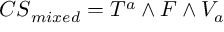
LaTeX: { C S } _ { m i x e d } = T ^ { a } \wedge F \wedge V _ { a }